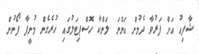
ޝާފިއު އަށް ފަރުވާ ދެމުން އަންނަ ލަންކާ ހޮސްޕިޓަލުގައި ހުރެގެން މުނީފާ ފޯނުން